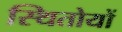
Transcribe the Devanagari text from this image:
स्थितोयों